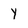
Character: y